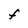
Character: F